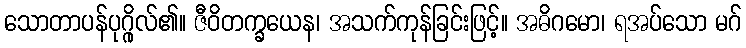
သောတာပန်ပုဂ္ဂိုလ်၏။ ဇီဝိတက္ခယေန၊ အသက်ကုန်ခြင်းဖြင့်။ အဓိဂမော၊ ရအပ်သော မဂ်